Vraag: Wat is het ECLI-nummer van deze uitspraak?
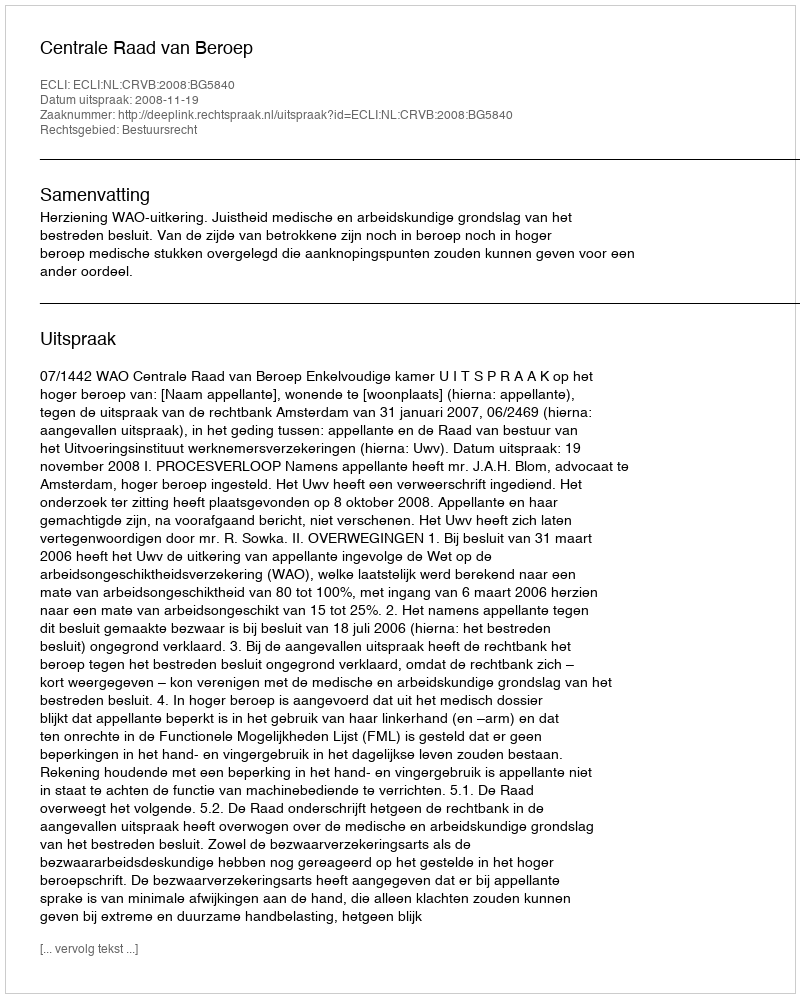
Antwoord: ECLI:NL:CRVB:2008:BG5840